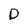
Character: p